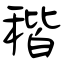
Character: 稭